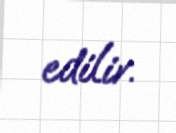
edilir.